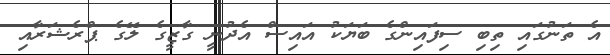
އެ ތަނުގައި ތިބި ސިފައިންގެ ބަޔަކު އައިސް އެދުނީ ގާޒީގެ ލޭގެ ޕްރެޝަރާއި